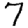
Digit: 7